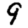
Digit: 9